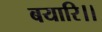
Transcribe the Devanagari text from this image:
बयारि।।